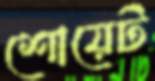
শোয়েট